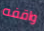
واقفه